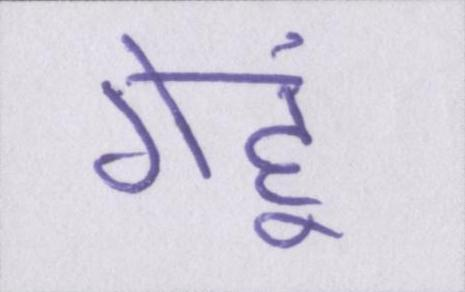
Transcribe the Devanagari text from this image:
गेहूं